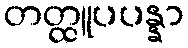
တတ္ထူပပန္နာ